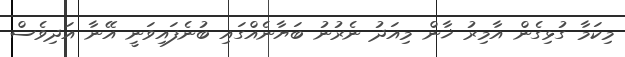
މިކަމާ ގުޅިގެން އާމިރު ޚާން މިއަދު ނެރުނު ބަޔާނެއްގައި ބުނެފައިވަނީ އޭނާ އަދިވެސް